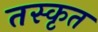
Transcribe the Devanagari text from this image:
तस्कृत